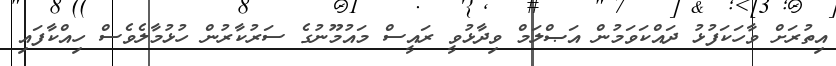
އިތުރަށް ވާހަކަފުޅު ދައްކަވަމުން އަޞްލަމް ވިދާޅުވީ ރައީސް މައުމޫނުގެ ސަރުކާރުން ހުޅުމާލެވެސް ހިއްކާފައި